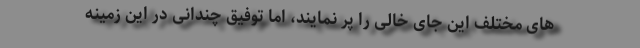
های مختلف این جای خالی را پر نمایند، اما توفیق چندانی در این زمینه